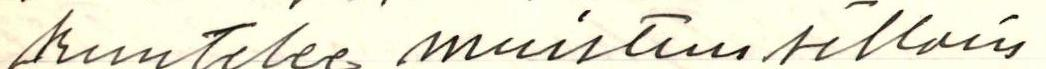
kuuntelee muistuu silloin